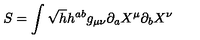
S = \int \sqrt { h } h ^ { a b } g _ { \mu \nu } \partial _ { a } X ^ { \mu } \partial _ { b } X ^ { \nu }